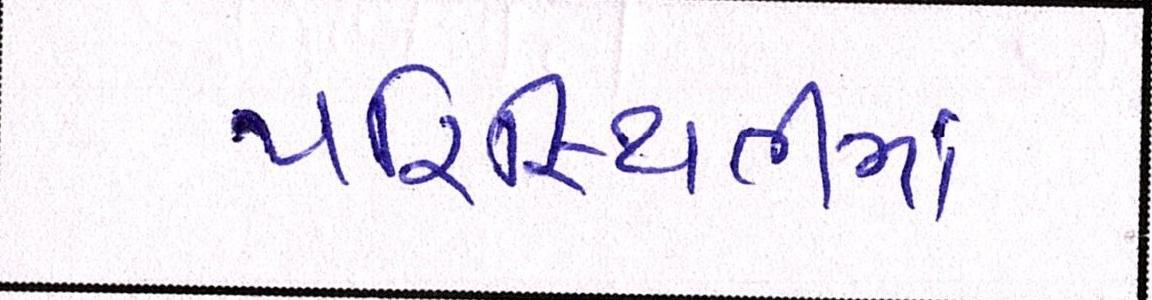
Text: પરિસ્થિતીમા